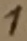
Text: 1